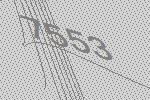
7553